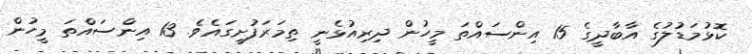
ކޮޅުމަޑުލުގެ އާބާދީގެ 15 އިންސައްތަ މީހުން ދިރިއުޅެނީ ތިމަރަފުށީގައެވެ. 13 އިންސައްތަ މީހުން